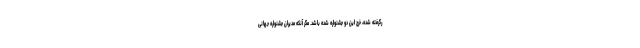
رگرفته شده، خرج این دو جشنواره شده باشد. مگر آنکه مدیران جشنواره جهانی